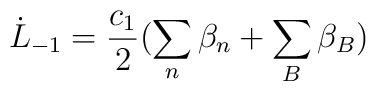
\dot L_{-1} = \frac{c_1}{2}(\sum_n\beta_n +\sum_B \beta_B)